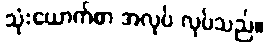
သုံးယောက်စာ အလုပ် လုပ်သည်။